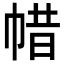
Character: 𢃟